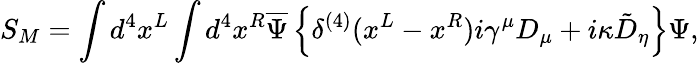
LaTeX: S_{M}=\int d^{4}x^{L}\int d^{4}x^{R}\overline{{{\Psi}}}\left\{ \delta^{(4)}(x^{L}-x^{R})i\gamma^{\mu}D_{\mu}+i\kappa\tilde{D}_{\eta}\right\} \Psi,